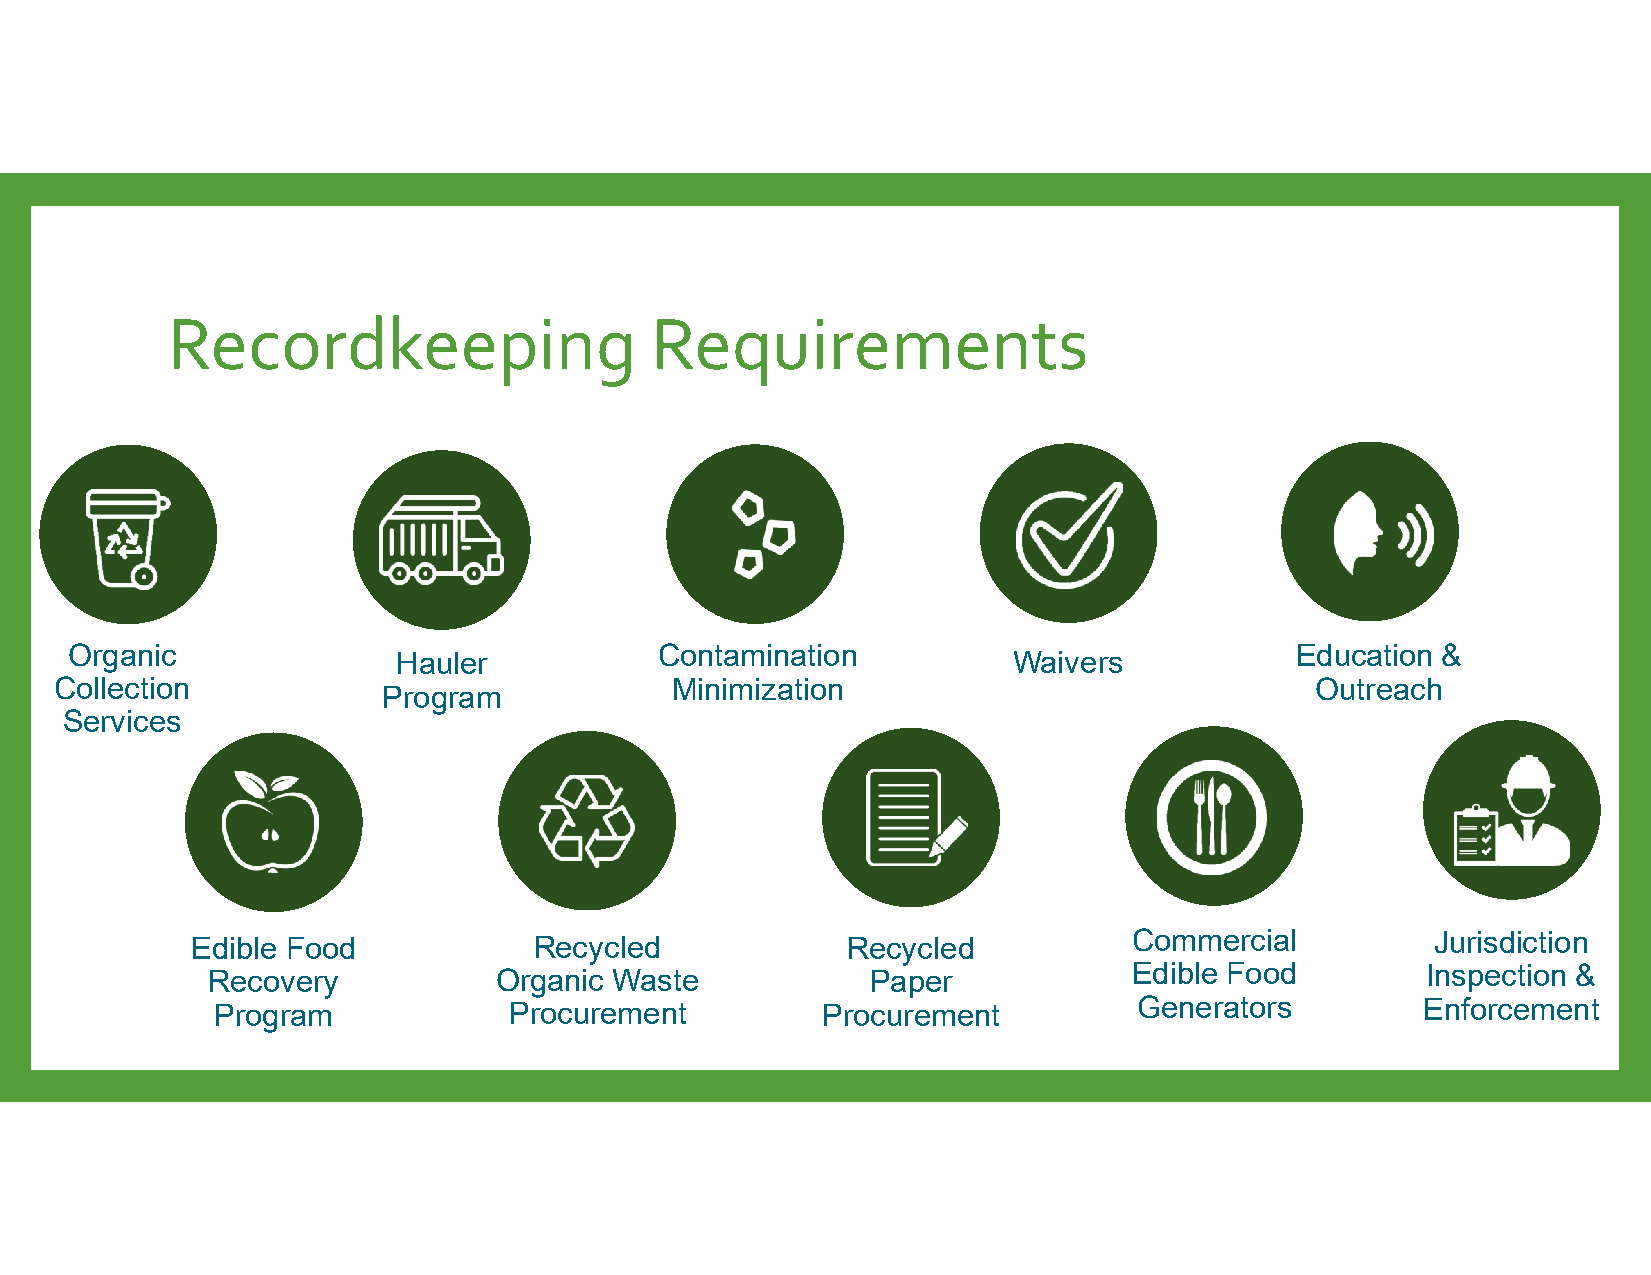
Recordkeeping                   Requirements
 Organic               Hauler            Contamination          Waivers            Education &
 Collection                              Minimization                               Outreach
 Program
 Services
 Edible Food           Recycled             Recycled           Commercial          Jurisdiction
 Recovery           Organic Waste            Paper            Edible Food        Inspection &
 Program             Procurement         Procurement          Generators         Enforcement